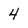
Character: 4